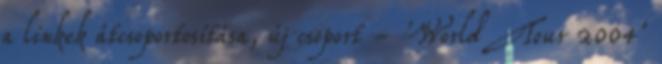
a linkek átcsoportosítása, új csoport - 'World Tour 2004'